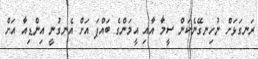
ރަނގަޅަށް ނުހިނގޭނެކަން ސީމާ އާއި އީމަންގެ ބައްޕަ އަށް އެނގުނީ އިންޑިއާ އަށް